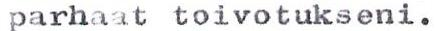
parhaat toivotukseni.